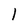
Character: 1